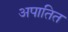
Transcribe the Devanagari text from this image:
अपातित